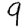
Digit: 9